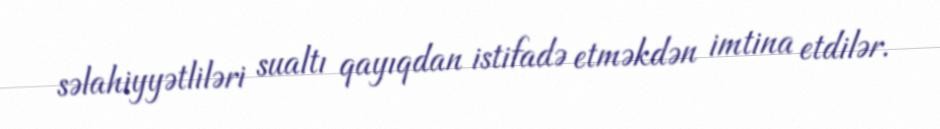
səlahiyyətliləri sualtı qayıqdan istifadə etməkdən imtina etdilər.